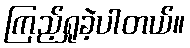
ကြည့်ရှုခဲ့ပါတယ်။